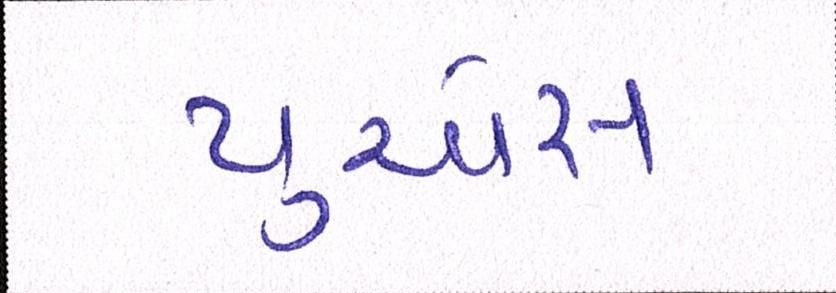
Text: યુએસ